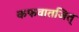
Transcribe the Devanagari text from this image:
कफवातजित्